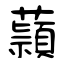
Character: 蘏